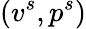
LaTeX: (v^{s},p^{s})